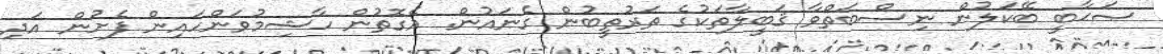
ޞަޙާބީ ބޭކަލުން ނިސްބަތްވާ ޤަބީލާތަކުގެ ތަރުތީބުން ގެނައުން. އެގޮތުން ހާޝިމުވަންހައިން ފެށުން އަދި